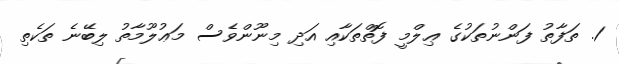
1. ތަފާތު ފަންނުތަކުގެ ޢިލްމީ ފޮތްތަކާއި އަދި މިނޫންވެސް މަޢުލޫމާތު ލިބޭނެ ތަކެތި